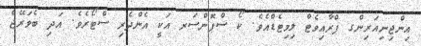
އިންޖިނިއަރިންގ ޕްރާއިވެޓް ލިމިޓެޑްއެވެ. ކޯ ސްޕޮންސަރ އަކީ އެންދެރި ސްޓޯރެވެ. އަދި ބެވަރޭޖް